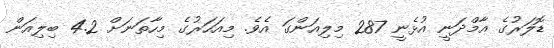
ޑޮލަރުގެ އާމްދަނީ އުޅެނީ 287 މިލިއަންގަ އެވެ. މިއަހަރުގެ މިހާތަނަށް 4.2 ބިލިއަން